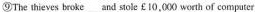
⑨The thieves broke and stcke £10,000 worth of computer